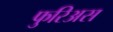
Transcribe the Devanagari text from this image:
फुरिअस